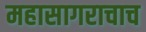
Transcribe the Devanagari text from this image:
महासागराचाच